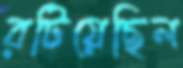
রটিয়েছিল